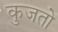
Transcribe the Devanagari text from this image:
कुजतो